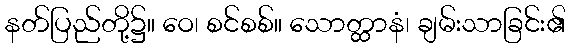
နတ်ပြည်တို့၌။ ဝေ၊ စင်စစ်။ သောတ္ထာနံ၊ ချမ်းသာခြင်း၏